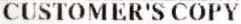
CUSTOMER'S COPY